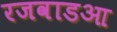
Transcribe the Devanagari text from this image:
रजवाडआ